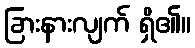
ခြားနားလျက် ရှိ၏။